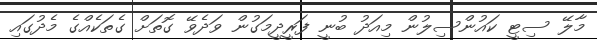
މާލޭ ސިޓީ ކައުންސިލުން މިއަދު ބުނީ ފަރީދީމަގުން ވަދެވޭ ގޮތަށް ގެތަކެއްގެ މެދުގައި